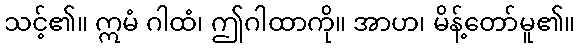
သင့်၏။ ဣမံ ဂါထံ၊ ဤဂါထာကို။ အာဟ၊ မိန့်တော်မူ၏။